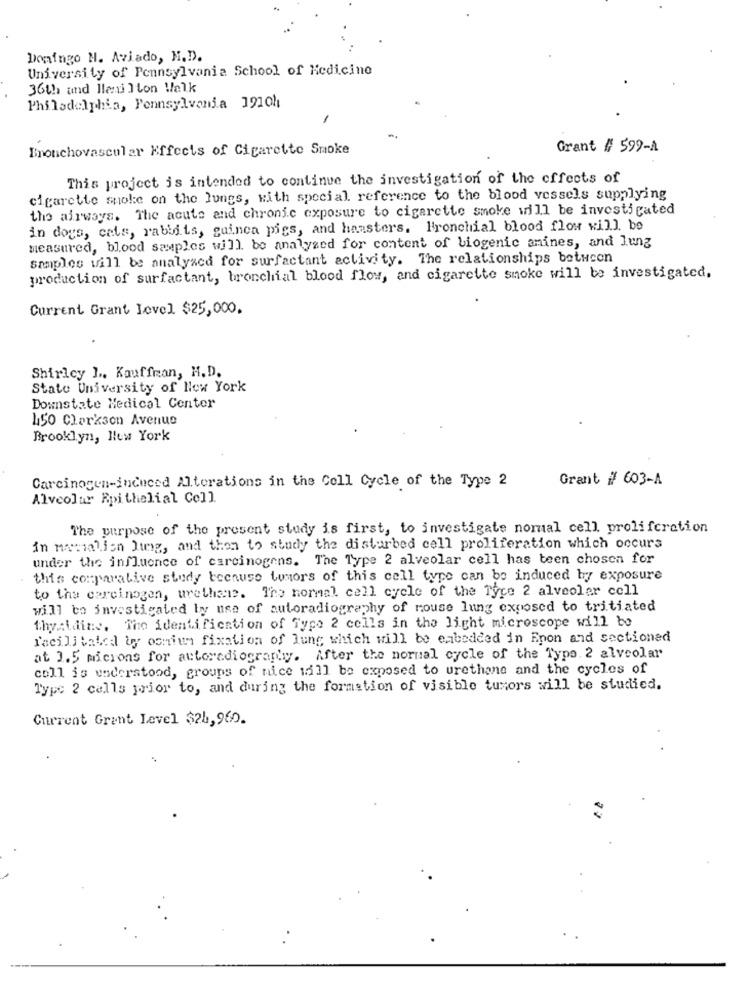
Domingo N. Aviado, M.D.
University of Pennsylvania School of Medicine
36th und lemilton Walk
Philadelphia, Pennsylvania 1910h
-
Bronchovascular Effects of Cigarette Smoke
Grant # 599-A
This project is intended to continue the investigation of the effects of
cigarette smoke on the lungs, with special reference to the blood vessels supplying
the airways. The acute and chronic exposure to cigarette smoke will be investigated
in dogs, cats, rabbits, guinea pigs, and hamsters. Bronchial blood flow will be
measured, blood samples will be analysed for content of biogenic amines, and lung
samples will be analyacd for surfactant activity. The relationships between
production of surfactant, bronchial blood flow, and cigarette smoke will be investigated.
Current Grant Level $25,000.
Shirley 1 .. Kauffran, H.D.
State University of New York
Downstate Medical Center
450 Clarkson Avenue
Brooklyn, New York
Grant # 603-A
Carcinogen-induced Alterations in the Cell Cycle of the Type 2
Alveolar Rpithelial Cell.
The purpose of the present study is first, to investigate normal cell proliferation
in masialien Jung, and then to study the disturbed cell proliferation which occurs
under the influence of carcinogens. The Type 2 alveolar cell has been chosen for
this comparative study because tumors of this call type can be induced by exposure
to the carcinogen, urethane. The normal cell cycle of the Tyce 2 alveoler cell
will to investigated ly use of autoradiography of mouse lung exposed to tritiated
thyaldine. The identification of Type 2 cells in the light microscope will be
facilitated by osmium fixation of lung which will be embedded in Epon and sectioned
at 3.5 microns for autoradiograny. After the normal cycle of the Type. 2 alveolar
coll is understood, groups of nice will be exposed to urethane and the cycles of
Type 2 cells prior to, and during the formation of visible tumors will be studied.
Current Grant Level $25,960.